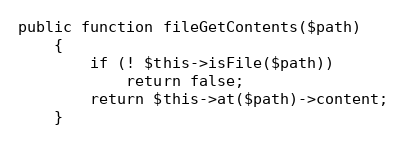
Language: PHP
public function fileGetContents($path)
    {
        if (! $this->isFile($path))
            return false;
        return $this->at($path)->content;
    }